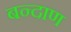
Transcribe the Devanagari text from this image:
बन्दाण